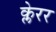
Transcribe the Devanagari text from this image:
क्लेरर